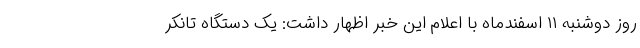
روز دوشنبه ۱۱ اسفندماه با اعلام این خبر اظهار داشت: یک دستگاه تانکر